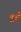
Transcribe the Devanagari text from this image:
इहैं